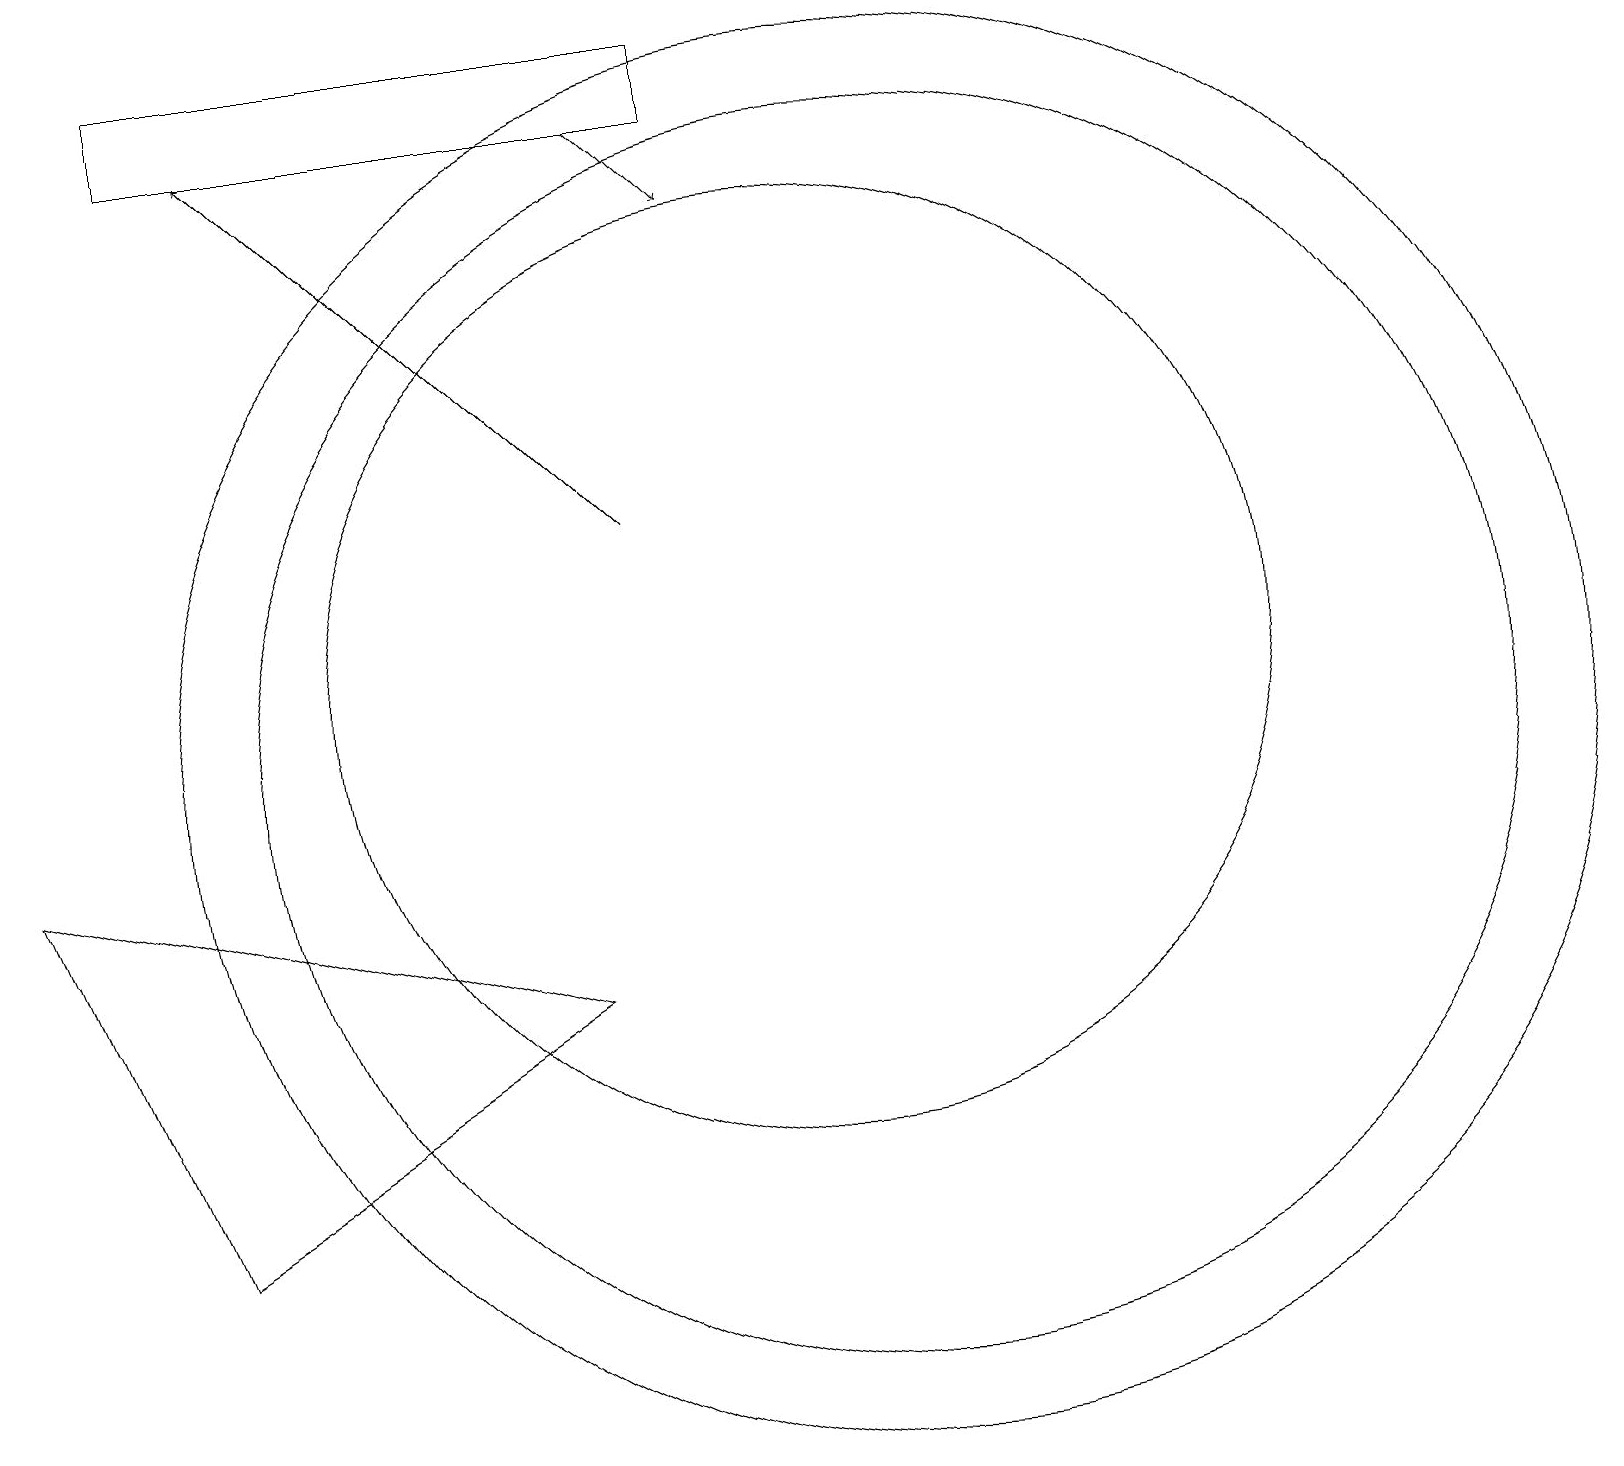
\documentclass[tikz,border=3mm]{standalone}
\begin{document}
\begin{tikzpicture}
\draw[->] (8,18) -- (9,17);
\draw (10,11) circle (6);
\draw[->] (8,13) -- (3,18);
\draw (2,4) -- (0,9) -- (7,7) -- cycle;
\draw (9,19) rectangle (2,18);
\draw (11,10) circle (9);
\draw (11,10) circle (8);
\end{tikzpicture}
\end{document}